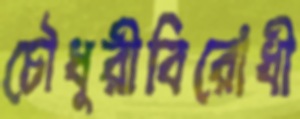
চৌধুরীবিরোধী